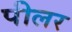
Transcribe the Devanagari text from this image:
पीलर